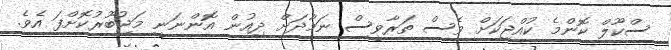
ސްކޫލް ކޮންމެ ކުއްޖަކަށް ވެސް ތަރާވީސް ނަމާދަށް ދިއުން އޮންނަނީ މަޖުބޫރުކޮށްފަ އެވެ.